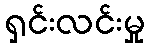
ရှင်းလင်းမှု